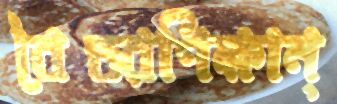
বৈতরণিক্ষান্